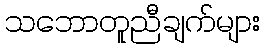
သဘောတူညီချက်များ